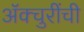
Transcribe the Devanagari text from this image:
ॲक्चुरींची